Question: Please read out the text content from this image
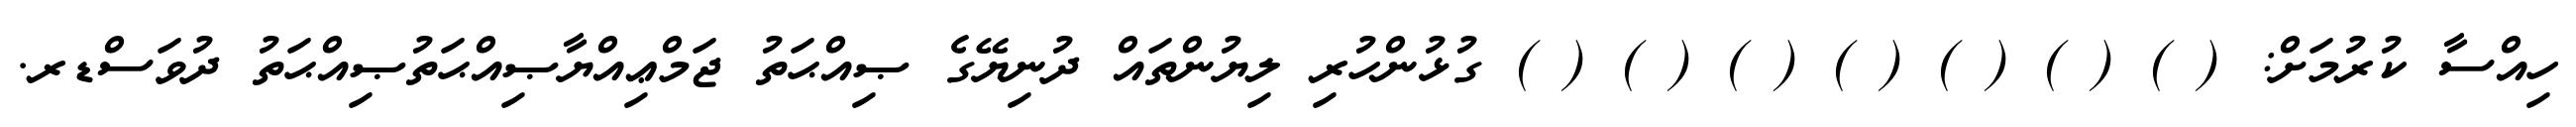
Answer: ހިއްސާ ކުރުމަށް: ( ) ( ) ( ) ( ) ( ) ( ) ( ) ގުޅުންހުރި ލިޔުންތައް ދުނިޔޭގެ ޞިއްޙަތު ޖަމްޢިއްޔާޞިއްޙަތުޞިއްޙަތު ދުވަސްޑރ.